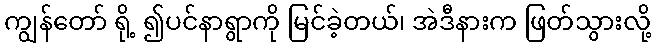
ကျွန်တော် ရို့ ၍ပင်နာရွာကို မြင်ခဲ့တယ်၊ အဲဒီနားက ဖြတ်သွားလို့